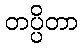
တပ္ပိတာ